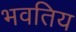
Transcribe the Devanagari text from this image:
भवतिय